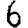
Digit: 6